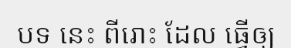
បទ នេះ ពីរោះ ដែល ធ្វើឲ្យ